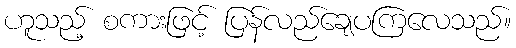
ဟူသည့် စကားဖြင့် ပြန်လည်ချေပကြလေသည်။